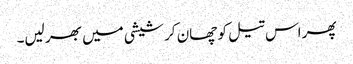
پھر اس تیل کو چھان کر شیشی میں بھر لیں۔